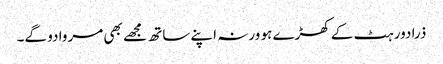
ذرا دور ہٹ کے کھڑے ہو ورنہ اپنے ساتھ مجھے بھی مروا دو گے۔